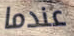
عندما